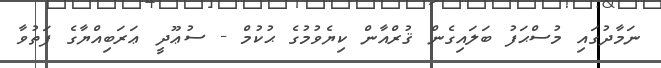
ނަމާދުގައި މުސްޙަފު ބަލައިގެން ޤުރްއާން ކިޔެވުމުގެ ޙުކުމް - ސުޢޫދީ ޢަރަބިއްޔާގެ ފަތުވާ